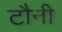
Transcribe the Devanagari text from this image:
टौनी